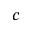
c